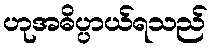
ဟုအဓိပ္ပာယ်ရသည်